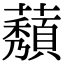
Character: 𬟒